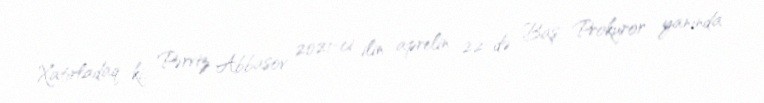
Xatırladaq ki, Pərviz Abbasov 2021-ci ilin aprelin 22-də Baş Prokuror yanında